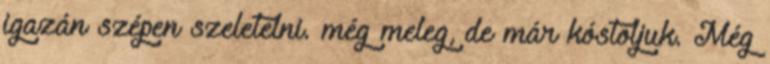
igazán szépen szeletelni. még meleg, de már kóstoljuk. Még